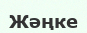
Жәңке